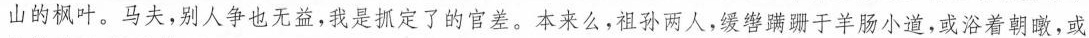
山的枫叶。马夫，别人争也无益，我是抓定了的官差。本来么，祖孙两人，缓辔蹒跚于羊肠小道，或浴着朝暾，或